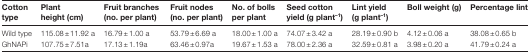
| Cotton type | Plant height (cm) | Fruit branches (no. per plant) | Fruit nodes (no. per plant) | No. of bolls per plant | Seed cotton yield (g plant–1) | Lint yield (g plant–1) | Boll weight (g) | Percentage lint |
 | --- | --- | --- | --- | --- | --- | --- | --- | --- |
 | Wild type | 115.08±11.92 a | 16.79±1.00 a | 53.79±6.69 a | 18.00±1.00 a | 74.07±3.42 a | 28.19±0.90 b | 4.12±0.06 a | 38.08±0.65 b |
 | GhNAPi | 107.75±7.51a | 17.13±1.19a | 63.46±0.97a | 19.67±1.53 a | 78.00±2.36 a | 32.59±0.81 a | 3.98±0.20 a | 41.79±0.24 a |